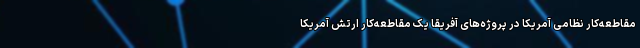
مقاطعه‌کار نظامی آمریکا در پروژه‌های آفریقا یک مقاطعه‌کار ارتش آمریکا